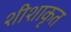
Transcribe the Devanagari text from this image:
शीशाकृत